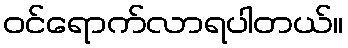
ဝင်ရောက်လာရပါတယ်။